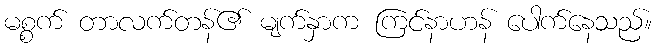
မစ္စက် တာလက်တန်၏ မျက်နှာက ကြင်နာဟန် ပေါက်နေသည်။